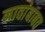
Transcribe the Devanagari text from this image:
नावांबाबत